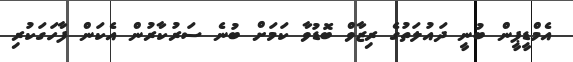
އެމްޑީޕީން ބުނީ ދައުލަތުގެ ރިޒާވް ބޮޑުވާ ކަމަށް ބުނެ ސަރުކާރުން އެކަން ފާހަގަކުރި